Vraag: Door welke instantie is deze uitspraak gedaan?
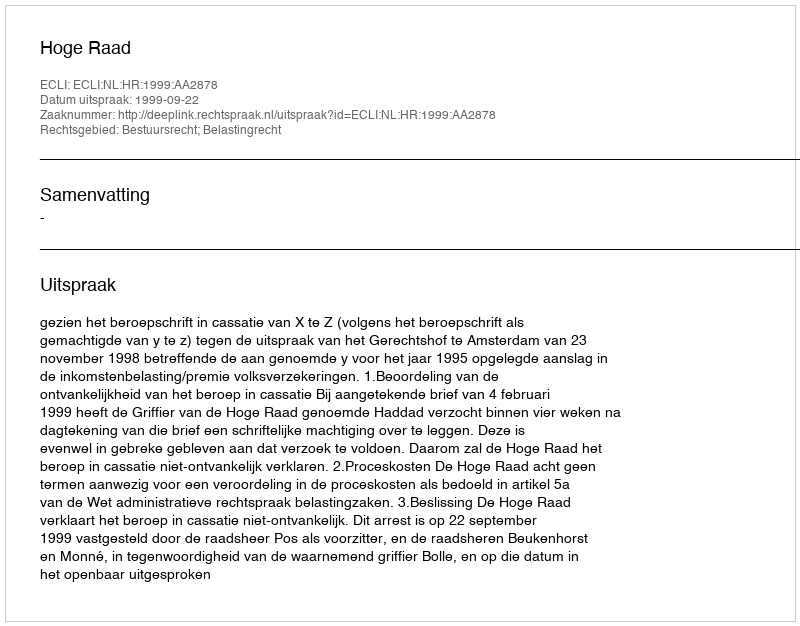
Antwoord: Hoge Raad